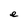
Character: e